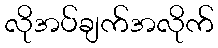
လိုအပ်ချက်အလိုက်